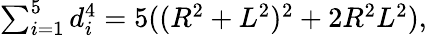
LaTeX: \textstyle\sum_{i=1}^{5}d_{i}^{4}=5((R^{2}+L^{2})^{2}+2R^{2}L^{2}),